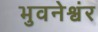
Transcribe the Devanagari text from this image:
भुवनेश्वंर